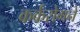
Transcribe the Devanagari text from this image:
कर्करोगने